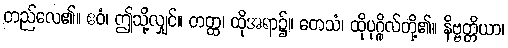
တည်လေ၏။ ဧဝံ၊ ဤသို့လျှင်။ တတ္ထ၊ ထိုအရာ၌။ တေသံ၊ ထိုပုဂ္ဂိုလ်တို့၏။ နိဗ္ဗတ္တိယာ၊